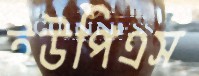
ইউপিএস